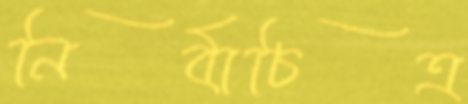
নির্বাচিত্র